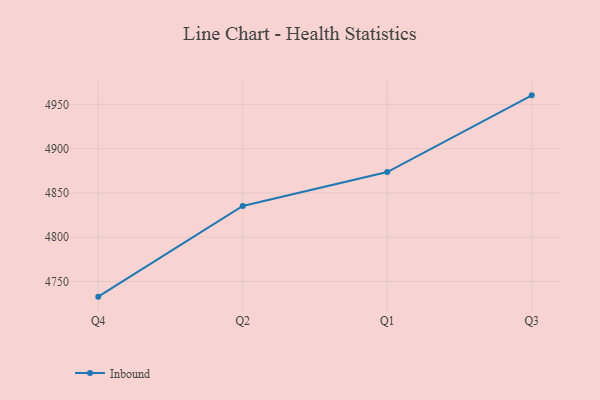
{"axis": {"x": "Quarter", "y": "Page Views"}, "legend": ["Inbound"], "data": [{"x": "Q4", "y": 4732.7, "type": "Inbound"}, {"x": "Q2", "y": 4835.3, "type": "Inbound"}, {"x": "Q1", "y": 4873.6, "type": "Inbound"}, {"x": "Q3", "y": 4960.3, "type": "Inbound"}]}